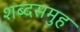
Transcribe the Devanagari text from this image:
शब्दसमुह